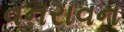
વનરાવન